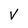
Character: V